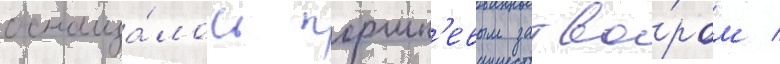
оснаща́лось поршн'евым затво́ром /